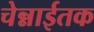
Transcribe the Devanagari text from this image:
चेन्नाईतक